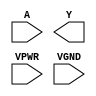
module sky130_fd_sc_hs__bufinv (
    //# {{data|Data Signals}}
    input  A   ,
    output Y   ,

    //# {{power|Power}}
    input  VPWR,
    input  VGND
);
endmodule